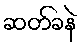
ဆတ်ခနဲ